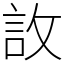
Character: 䚺